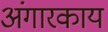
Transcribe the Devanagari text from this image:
अंगारकाय